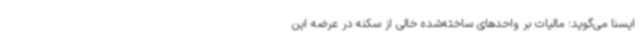
ایسنا می‌گوید: مالیات بر واحدهای ساخته‌شده خالی از سکنه در عرضه این